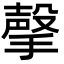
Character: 撀